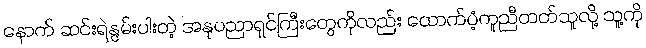
နောက် ဆင်းရဲနွမ်းပါးတဲ့ အနုပညာရှင်ကြီးတွေကိုလည်း ထောက်ပံ့ကူညီတတ်သူလို့ သူ့ကို